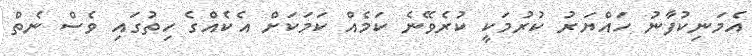
އެމަނިކުފާނު ހައްޔަރު ކުރުމަކީ ކުރެވޭނެ ކަމެއް ކަމަކަށް އެކެއްގެ ހިތުގައި ވެސް ނެތް